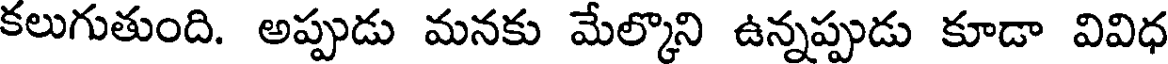
కలుగుతుంది. అప్పుడు మనకు మేల్కొని ఉన్నప్పుడు కూడా వివిధ